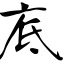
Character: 底